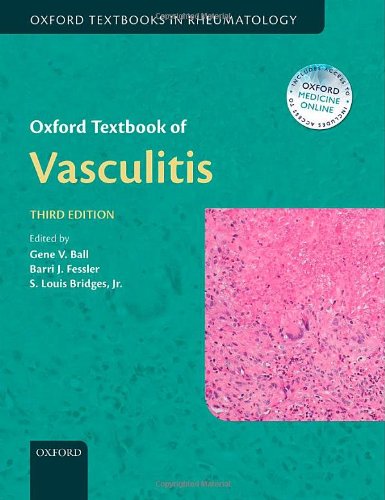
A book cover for Oxford Textbook of Vasculitis (Oxford Textbooks in Rheumatology); Medical Books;